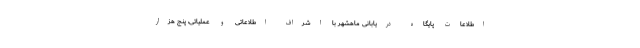
اطلاعات پایگاه دریابانی ماهشهر با اشراف اطلاعاتی و عملیاتی، پنج هزار